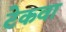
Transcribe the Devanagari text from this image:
टेकवा